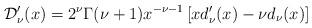
LaTeX: \begin{align*}\mathcal{D}'_{\nu}(x)=2^{\nu}\Gamma(\nu+1)x^{-\nu-1}\left[xd'_{\nu}(x)-\nu d_{\nu}(x)\right]\end{align*}